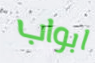
ابواب